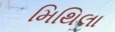
મિથિલા